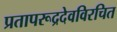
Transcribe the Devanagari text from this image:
प्रतापरूद्रदेवविरचित